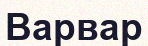
Варвар